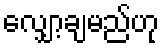
လျှော့ချမည်ဟု